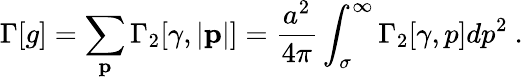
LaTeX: \Gamma[g]=\sum_{\mathbf p}\Gamma_{2}[\gamma,|{\mathbf p}|]={\frac{a^{2}}{4\pi}}\int_{\sigma}^{\infty}\Gamma_{2}[\gamma,p]dp^{2}~.